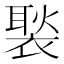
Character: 褧